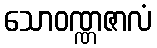
သောဝဏ္ဏဇာလံ